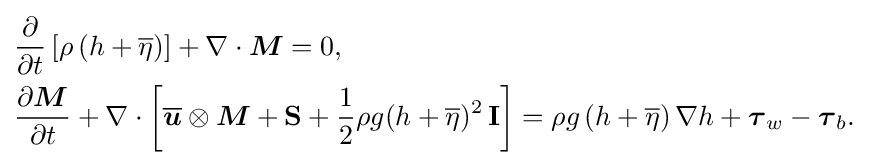
{\begin{aligned}&{\frac {\partial }{\partial t}}\left[\rho \left(h+{\overline {\eta }}\right)\right]+\nabla \cdot {\boldsymbol {M}}=0,\\&{\frac {\partial {\boldsymbol {M}}}{\partial t}}+\nabla \cdot \left[{\overline {\boldsymbol {u}}}\otimes {\boldsymbol {M}}+\mathbf {S} +{\frac {1}{2}}\rho g(h+{\overline {\eta }})^{2}\,\mathbf {I} \right]=\rho g\left(h+{\overline {\eta }}\right)\nabla h+{\boldsymbol {\tau }}_{w}-{\boldsymbol {\tau }}_{b}.\end{aligned}}